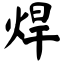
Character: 焊